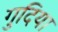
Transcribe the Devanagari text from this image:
गुदिया